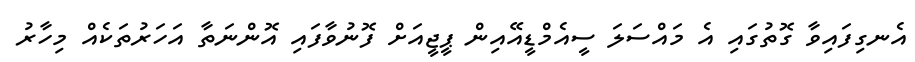
އެނގިފައިވާ ގޮތުގައި އެ މައްސަލަ ސީއެމްޑީއޭއިން ޕީޖީއަށް ފޮނުވާފައި އޮންނަތާ އަހަރުތަކެއް މިހާރު